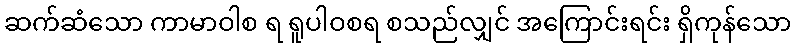
ဆက်ဆံသော ကာမာဝါစ ရ ရူပါဝစရ စသည်လျှင် အကြောင်းရင်း ရှိကုန်သော